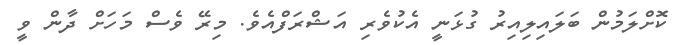
ކޮށްލަމުން ބަލައިލިއިރު ގުޅަނީ އެކުވެރި އަޝްރަފްއެވެ. މިރޭ ވެސް މަހަށް ދާން ވީ